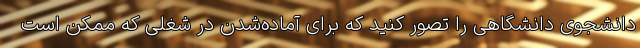
دانشجوی دانشگاهی را تصور کنید که برای آماده‌شدن در شغلی که ممکن است